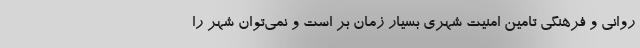
روانی و فرهنگی تامین امنیت شهری بسیار زمان بر است و نمی‌توان شهر را